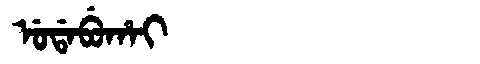
Manchu: ᡠᡩᠠᠪᡠᡥᠠᡳ
Romanization: UDABUHAI